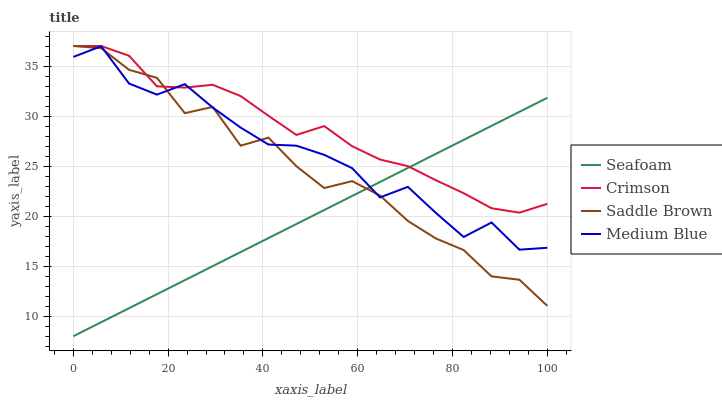
| xaxis_label | Seafoam | Crimson | Saddle Brown | Medium Blue |
 | --- | --- | --- | --- | --- |
 | 0 | 8 | 37 | 37 | 35.9 |
 | 5.88 | 9.4 | 37 | 36.8 | 37 |
 | 11.8 | 10.8 | 36 | 34.6 | 33.3 |
 | 17.6 | 12.2 | 33 | 33.8 | 32.1 |
 | 23.5 | 13.6 | 32.8 | 30.3 | 33.2 |
 | 29.4 | 15 | 33.1 | 30.9 | 30.9 |
 | 35.3 | 16.4 | 32 | 27 | 28.9 |
 | 41.2 | 17.8 | 30 | 27.8 | 27.2 |
 | 47.1 | 19.2 | 28.1 | 25 | 27 |
 | 52.9 | 20.6 | 29 | 22.8 | 26.1 |
 | 58.8 | 22 | 27 | 23.5 | 24.8 |
 | 64.7 | 23.4 | 25.7 | 22.1 | 21.9 |
 | 70.6 | 24.8 | 25 | 19.5 | 22.9 |
 | 76.5 | 26.2 | 23.6 | 17.8 | 20.3 |
 | 82.4 | 27.6 | 22.3 | 16.6 | 17.9 |
 | 88.2 | 29 | 20.8 | 14 | 19.4 |
 | 94.1 | 30.4 | 20.3 | 13.6 | 16.6 |
 | 100 | 31.8 | 21.2 | 11 | 16.8 |